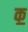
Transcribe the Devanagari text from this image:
क॒